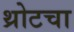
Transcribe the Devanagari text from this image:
थ्रोटचा